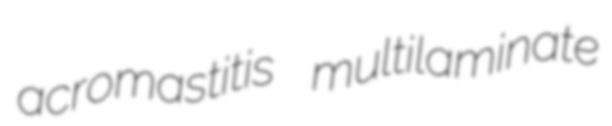
acromastitis multilaminate